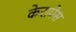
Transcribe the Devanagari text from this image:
केरापेस